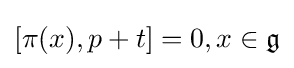
[\pi (x),p+t]=0,x\in {\mathfrak {g}}